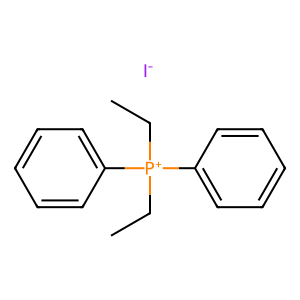
SMILES: CC[P+](CC)(c1ccccc1)c1ccccc1.[I-]
Inhibits HIV replication: No